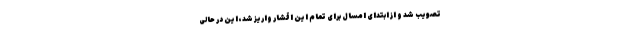
تصویب شد و از ابتدای امسال برای تمام این اقشار واریز شد، این در حالی